Indian Civil Veterinary Department memoirs
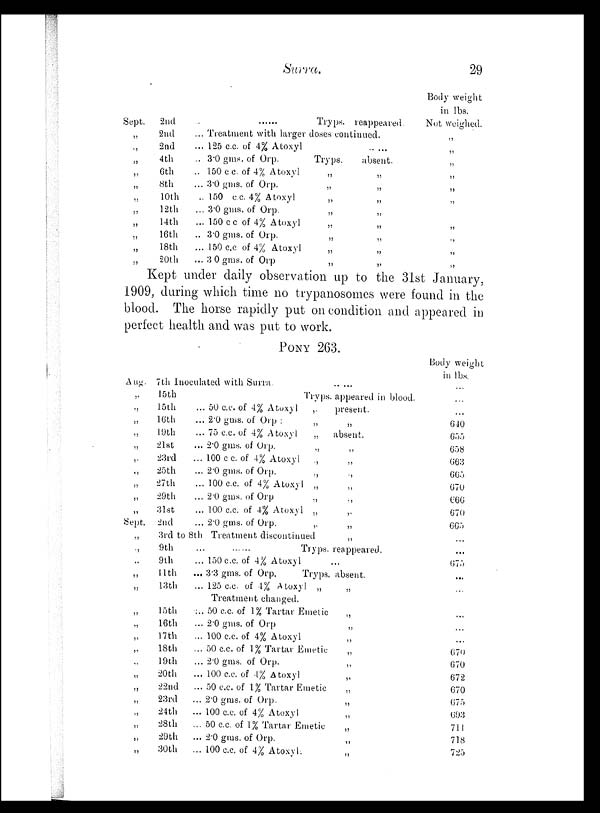
Surra.
29
Sept.
2nd
„
2nd
„ 2nd
„
4th
„
6th
„
8th
„
10th
„
12th
„
14th
„ 16th
„
18th
„ 20th
... ...... Tryps. reappeared
... Treatment with larger doses continued.
... 125 c.c. of 4% Atoxyl ......
.. 3.0 gms. of Orp.
Tryps.
absent.
.. 150 c.c. of 4% Atoxyl
„
„
... 3.0 gms. of Orp.
„
„
.. 150 c.c. 4% Atoxyl
„
„
... 3.0 gms. of Orp.
„
„
... 150 c
c of 4% Atoxyl
„
„
.. 3.0 gms. of Orp.
„
„
... 150 c.c. of 4% Atoxyl
„
„
... 3.0 gms. of Orp
„
„
Body weight
in lbs.
Not weighed.
„
„
„
„
„
„
„
„
„
„
Kept under daily observation up to the 31st January,
1909, during which time no trypanosomes were found in the
blood. The horse rapidly put on condition and appeared in
perfect health and was put to work.
PONY 263.
Aug. 7th Inoculated with Surra .. ...
„
15th
„
15th
„
16th
„
19th
„
21st
„
23rd
„
25th
„
27th
„
29th
„
31st
Sept. 2nd
Tryps. appeared in blood.
... 50 c.c. of 4% Atoxyl
„
present.
... 2.0 gms. of Orp :
„
„
... 75 c.c. of 4% Atoxyl
„
absent.
... 2.0 gms. of Orp.
„
„
... 100 c c. of 4% Atoxyl
„
„
... 2.0 gms. of Orp.
„
„
... 100 c.c. of 4% Atoxyl „
„
... 2.0 gms. of Orp
„
„
... 100 c.c. of 4% Atoxyl
„
„
... 2.0 gms. of Orp.
„
„
„
3rd to 8th Treatment discontinued
„
„
9th
„
9th
„
11th
„
13th
„
15th
„
16th
„
17th
„
18th
„
19th
„
20th
„
22nd
„
23rd
„
24th
„
28th
„
29th
„
30th
...
......
Tryps. reappeared.
... 150 c.c. of 4% Atoxyl ...
... 3.3 gms. of Orp.
Tryps. absent.
... 125 c.c. of 4% Atoxyl „
„
Treatment changed.
... 50 c.c. of 1% Tartar Emetic
„
... 2.0 gms. of Orp
„
... 100 c.c. of 4% Atoxyl
„
... 50 c.c. of 1% Tartar Emetic
„
... 2.0 gms. of Orp.
„
... 100 c.c. of 4% Atoxyl
„
... 50 c.c. of 1% Tartar Emetic
„
... 2.0 gms, of Orp.
„
... 100 c.c. of 4% Atoxyl
„
... 50 c.c. of 1% Tartar Emetic
„
... 2.0 gms. of Orp.
„
... 100 c.c. of 4% Atoxyl.
„
Body weight
in lbs.
...
...
...
640
655
658
663
665
670
666
670
665
...
...
675
...
...
...
...
...
670
670
672
670
675
693
711
718
725